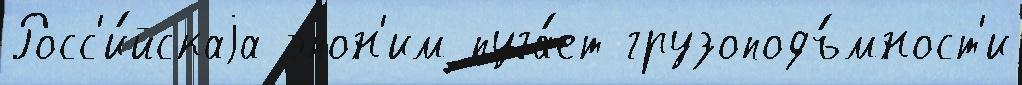
Росс'и́йскаjа эпон'им пуга́ет грузоподъ́мност'и